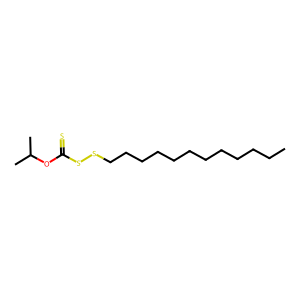
SMILES: CCCCCCCCCCCCSSC(=S)OC(C)C
Inhibits HIV replication: No